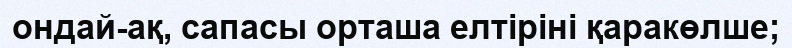
ондай-ақ, сапасы орташа елтіріні қаракөлше;